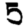
Digit: 5